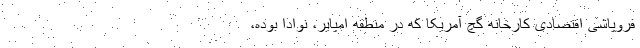
فروپاشی اقتصادی کارخانه گچ آمریکا که در منطقه امپایر، نوادا بوده،